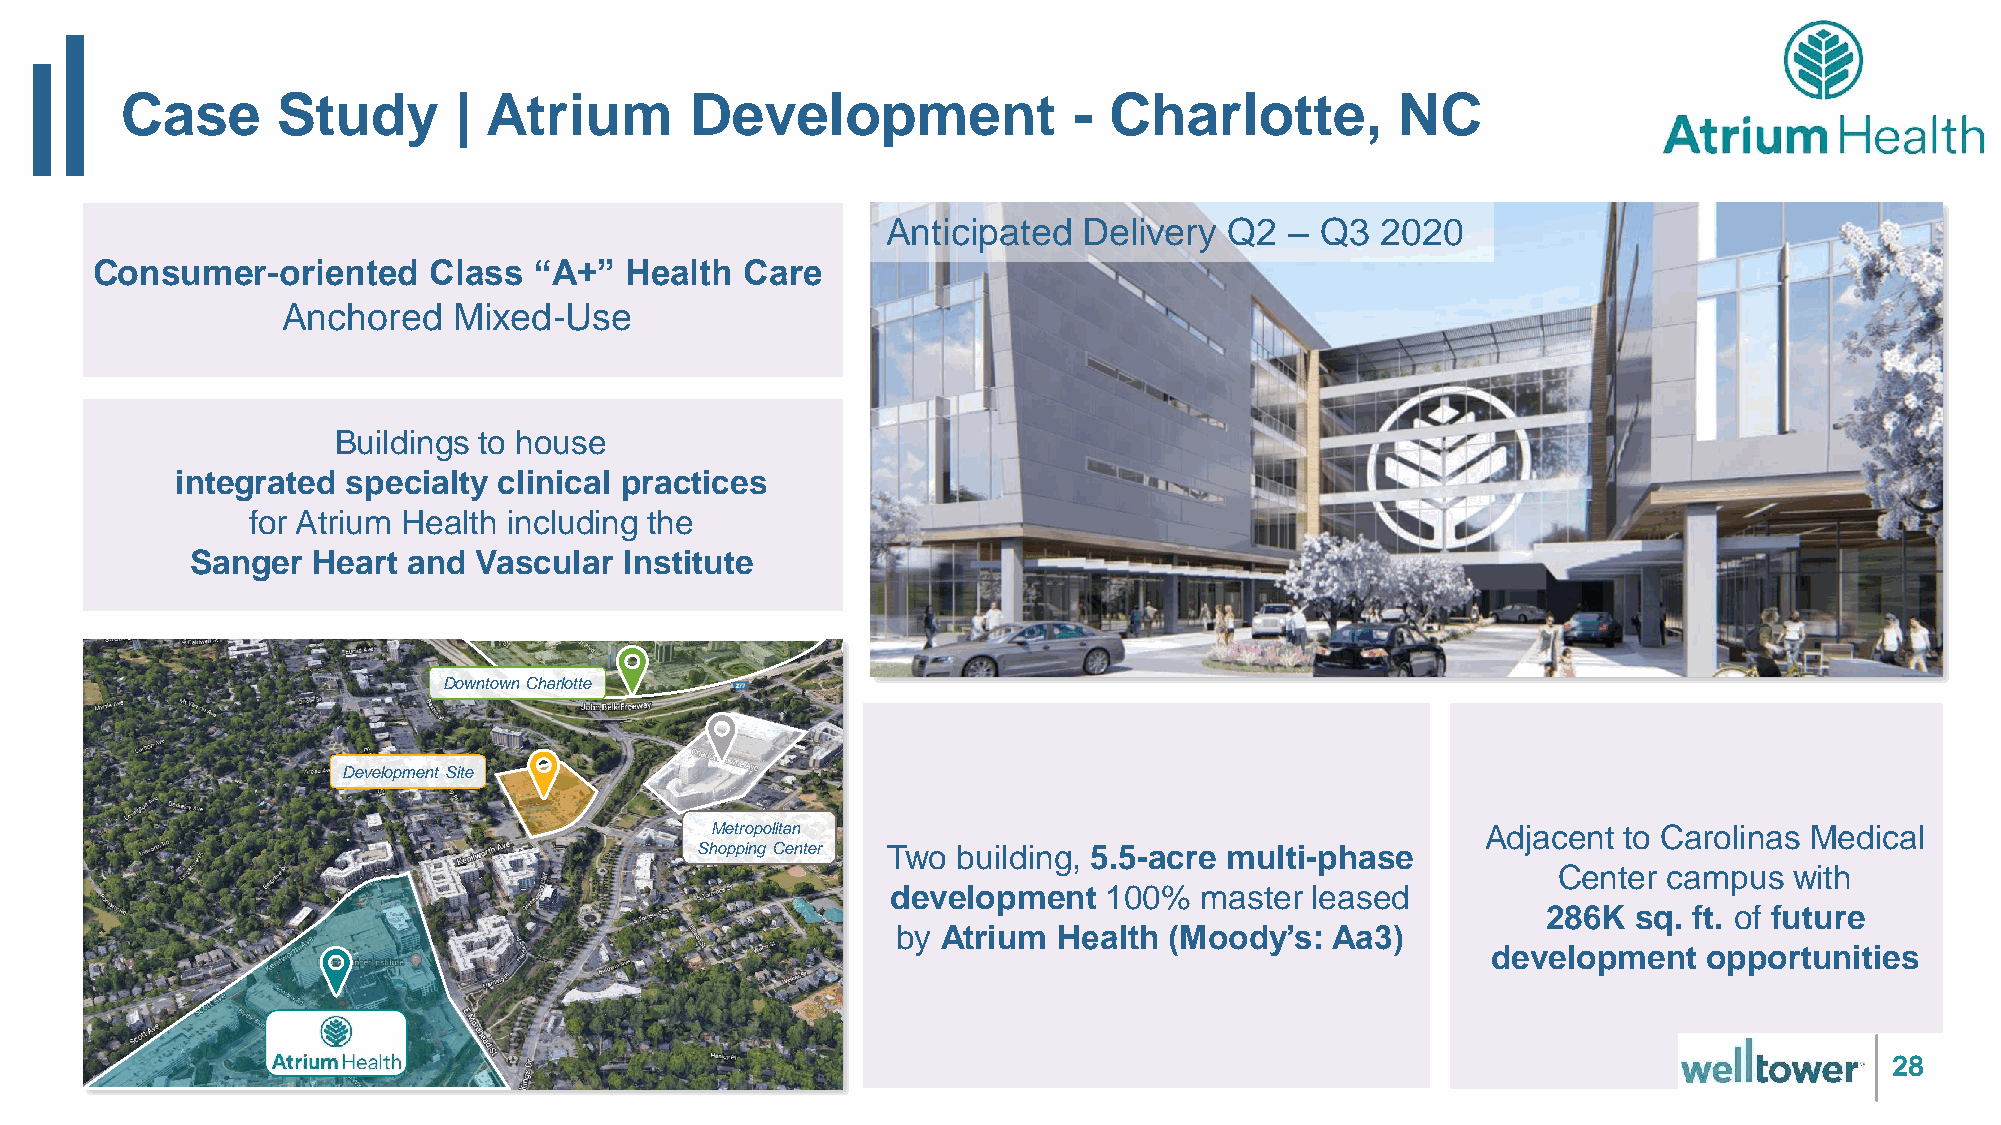
Case      Study       | Atrium        Development              - Charlotte,          NC
 Anticipated  Delivery Q2  – Q3  2020
 Consumer-oriented     Class  “A+”  Health  Care
 Anchored   Mixed-Use
 Buildings to house
 integrated specialty clinical practices
 for Atrium Health including the
 Sanger  Heart and  Vascular Institute
 Downtown Charlotte
 Development Site
 Metropolitan                                       Adjacent to Carolinas Medical
 Shopping Center Two building, 5.5-acre multi-phase
 Center campus   with
 development   100%  master  leased
 286K  sq. ft. of future
 by Atrium  Health (Moody’s:  Aa3)
 development   opportunities
 28